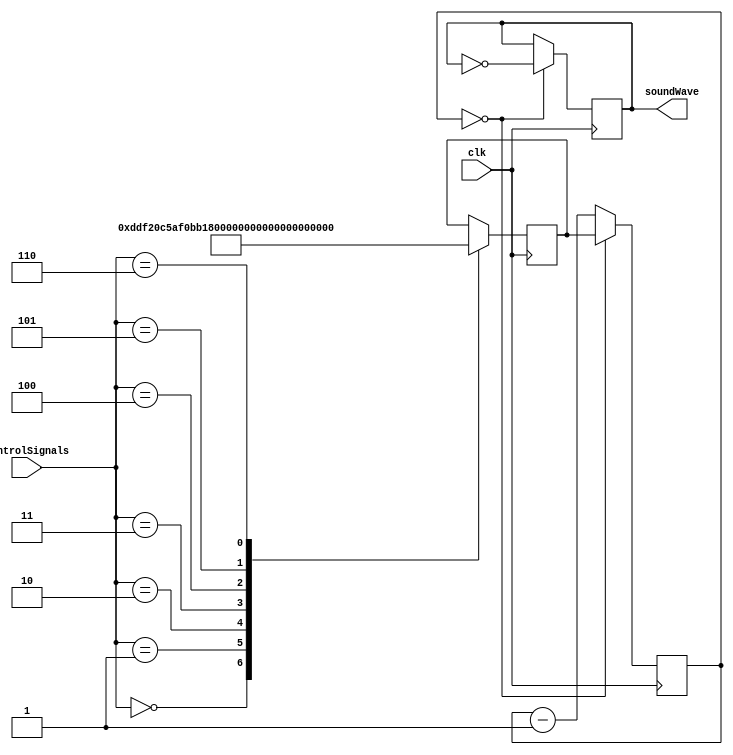
module frequencyGen(clk, controlSignals, soundWave);

input clk;
input[2:0] controlSignals;
output reg soundWave = 0;

reg[19:0] clkDivider;
reg[19:0] counter = 1;

parameter A = 3'd0;
parameter B = 3'd1;
parameter C = 3'd2;
parameter D = 3'd3;
parameter E = 3'd4;
parameter F = 3'd5;
parameter G = 3'd6;

parameter clkSpeed = 25; //megahertz
parameter aFreq = 220;
parameter bFreq = 247;
parameter cFreq = 261;
parameter dFreq = 294;
parameter eFreq = 330;
parameter fFreq = 349;
parameter gFreq = 392;
parameter selectedFreq = A;


always @(posedge clk) begin
	if (counter == 0) begin
		counter <= clkDivider;
		soundWave = ~soundWave;
	end else begin
		counter <= counter-1;
	end
	case(controlSignals)
		A: begin
			clkDivider = clkSpeed*1000000/aFreq/2;
		end
		B: begin
			clkDivider = clkSpeed*1000000/bFreq/2;
		end
		C: begin
			clkDivider = clkSpeed*1000000/cFreq/2;
		end
		D: begin
			clkDivider = clkSpeed*1000000/dFreq/2;
		end
		E: begin
			clkDivider = clkSpeed*1000000/eFreq/2;
		end
		F: begin
			clkDivider = clkSpeed*1000000/fFreq/2;
		end
		G: begin
			clkDivider = clkSpeed*1000000/gFreq/2;
		end
	endcase
end

endmodule

module testFreqGen;

reg clk = 0;
reg[2:0] controlSignals = 3'd0;
wire soundWave;

frequencyGen generator(clk, controlSignals, soundWave);

always #10 clk=!clk;

initial begin
#25000000 controlSignals = 3'd6;
end
endmodule